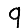
Digit: 9